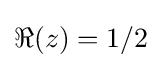
\Re (z)=1/2